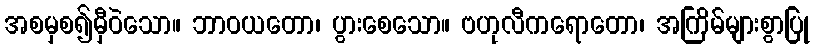
အစမှစ၍မှီဝဲသော။ ဘာဝယတော၊ ပွားစေသော။ ဗဟုလီကရောတော၊ အကြိမ်များစွာပြု